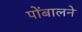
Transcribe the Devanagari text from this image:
पोंबालने